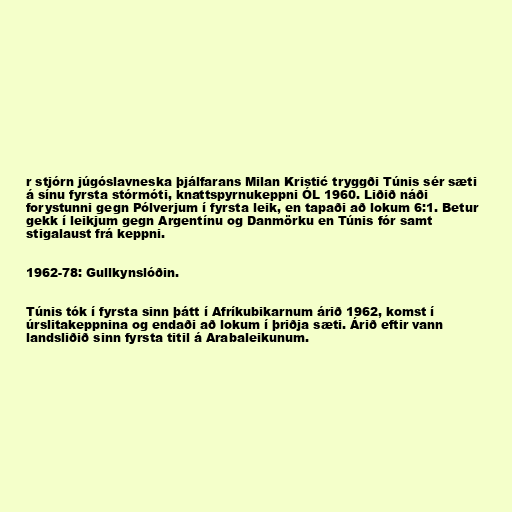
r stjórn júgóslavneska þjálfarans Milan Kristić tryggði Túnis sér sæti
á sínu fyrsta stórmóti, knattspyrnukeppni ÓL 1960. Liðið náði
forystunni gegn Pólverjum í fyrsta leik, en tapaði að lokum 6:1. Betur
gekk í leikjum gegn Argentínu og Danmörku en Túnis fór samt
stigalaust frá keppni.

1962-78: Gullkynslóðin.

Túnis tók í fyrsta sinn þátt í Afríkubikarnum árið 1962, komst í
úrslitakeppnina og endaði að lokum í þriðja sæti. Árið eftir vann
landsliðið sinn fyrsta titil á Arabaleikunum.